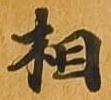
相